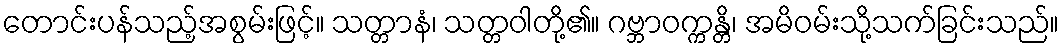
တောင်းပန်သည့်အစွမ်းဖြင့်။ သတ္တာနံ၊ သတ္တဝါတို့၏။ ဂဗ္ဘာဝက္ကန္တိ၊ အမိဝမ်းသို့သက်ခြင်းသည်။